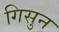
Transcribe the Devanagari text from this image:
गिसुन